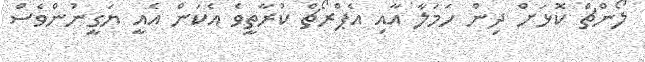
ލޯންޗް ކޮޅަށް ދިން ހަމަލާ އާއި އެޕްރޯޗް ކުރާތީވެ އެކަން އެއީ ޔަގީނުންވެސް